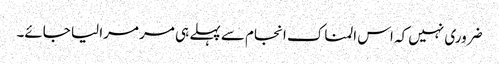
ضروری نہیں کہ اس المناک انجام سے پہلے ہی مر مرا لیا جائے۔